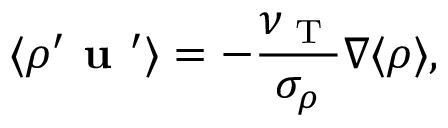
\langle { \rho ^ { \prime } { \textbf { u } } ^ { \prime } } \rangle = - \frac { \nu _ { \textrm { T } } } { \sigma _ { \rho } } { \boldsymbol { \nabla } } \langle { \rho } \rangle ,